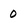
Character: 0